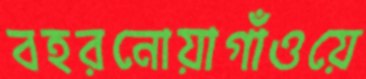
বহরনোয়াগাঁওয়ে